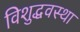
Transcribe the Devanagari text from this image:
विशुद्धवस्था